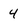
Character: 4